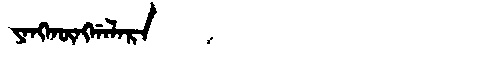
Manchu: ᠶᠠᠩᡴᡡᠩᡤᠠᠯᠠᡵᠠ
Romanization: YANGKŪNGGALARA